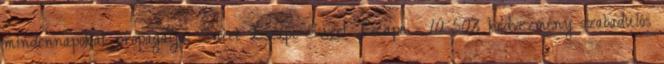
mindennapokat propagálja. Sweet Escape-Sweet Escape - 10-50% kedvezmény szabadulós